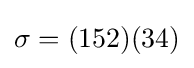
\sigma =(152)(34)